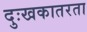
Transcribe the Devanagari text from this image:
दुःखकातरता